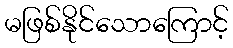
မဖြစ်နိုင်သောကြောင့်